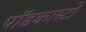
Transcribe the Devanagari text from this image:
पॉडकास्टों